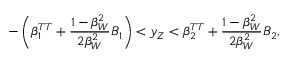
- \left( \beta _ { 1 } ^ { T T } + \frac { 1 - \beta _ { W } ^ { 2 } } { 2 \beta _ { W } ^ { 2 } } B _ { 1 } \right) < y _ { Z } < \beta _ { 2 } ^ { T T } + \frac { 1 - \beta _ { W } ^ { 2 } } { 2 \beta _ { W } ^ { 2 } } B _ { 2 } ,